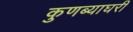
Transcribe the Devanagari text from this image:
कुणब्याघरी